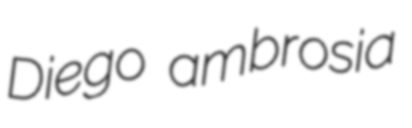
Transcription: Diego ambrosia